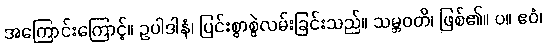
အကြောင်းကြောင့်။ ဥပါဒါနံ၊ ပြင်းစွာစွဲလမ်းခြင်းသည်။ သမ္ဘဝတိ၊ ဖြစ်၏။ ပ။ ဧဝံ၊